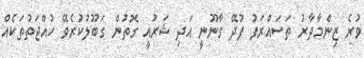
ވުރެ ޒިންމާދާރު ތަސައްރަފު ފުދޭ ގާނޫނީ އަދި ޝަރުއީ ގޮތުން ގަބޫލުކުރެވޭ ހުއްޖަތުތަކެއް